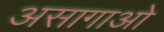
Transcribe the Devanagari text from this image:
असागाओ